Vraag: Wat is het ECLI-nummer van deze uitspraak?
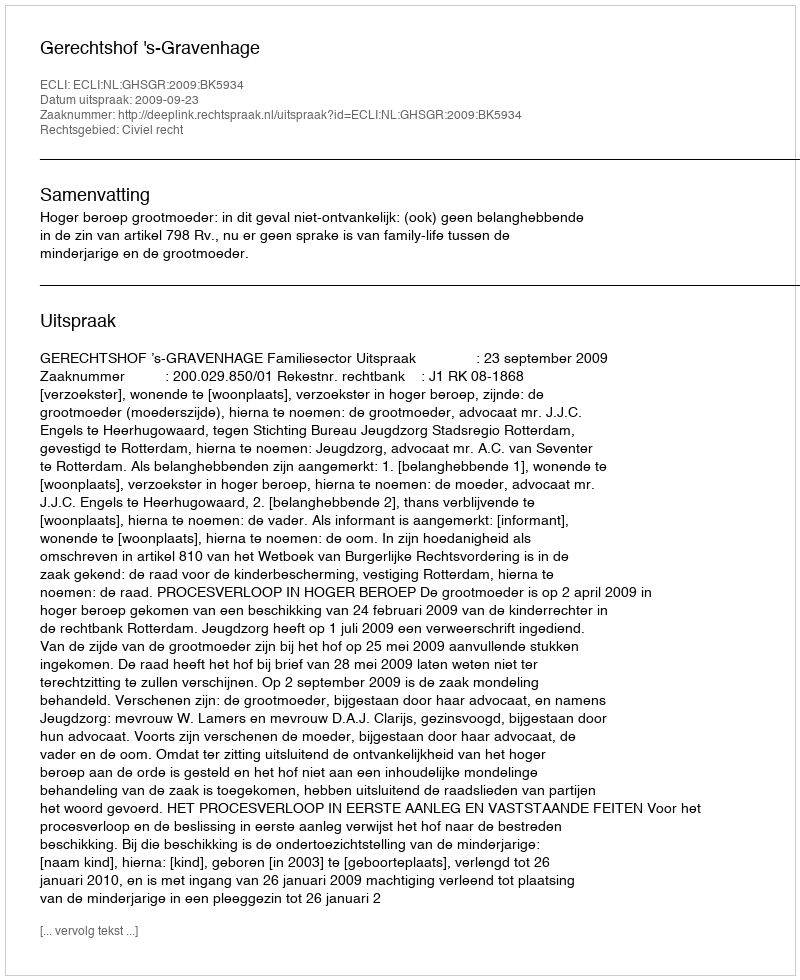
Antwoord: ECLI:NL:GHSGR:2009:BK5934